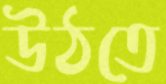
উঠতে